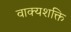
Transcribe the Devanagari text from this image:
वाक्यशक्ति